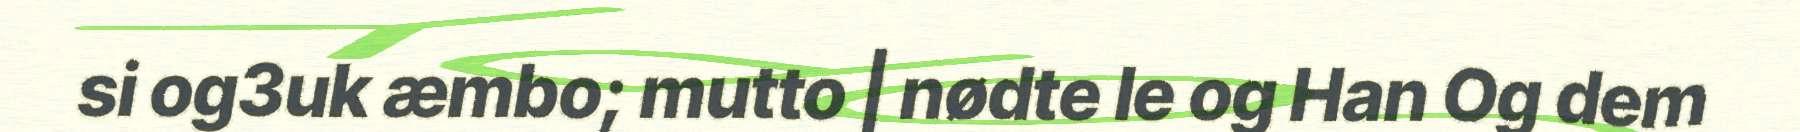
si og3uk æmbo; mutto | nødte le og Han Og dem